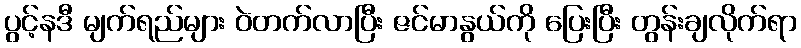
ပွင့်နဒီ မျက်ရည်များ ဝဲတက်လာပြီး ဇင်မာနွယ်ကို ပြေးပြီး တွန်းချလိုက်ရာ